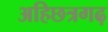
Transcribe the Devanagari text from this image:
अहिछत्रगढ़